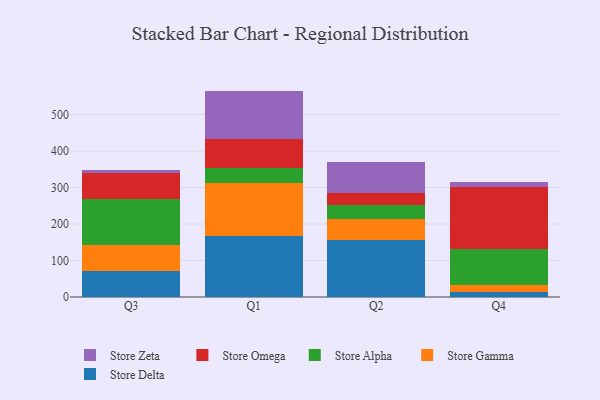
{"axis": {"x": "Quarter", "y": "Website Visitors"}, "legend": ["Store Alpha", "Store Delta", "Store Gamma", "Store Omega", "Store Zeta"], "data": [{"x": "Q3", "y": 72.6, "type": "Store Delta"}, {"x": "Q3", "y": 70.2, "type": "Store Gamma"}, {"x": "Q3", "y": 126.3, "type": "Store Alpha"}, {"x": "Q3", "y": 70.6, "type": "Store Omega"}, {"x": "Q3", "y": 7.6, "type": "Store Zeta"}, {"x": "Q1", "y": 166.5, "type": "Store Delta"}, {"x": "Q1", "y": 145.1, "type": "Store Gamma"}, {"x": "Q1", "y": 41.0, "type": "Store Alpha"}, {"x": "Q1", "y": 80.2, "type": "Store Omega"}, {"x": "Q1", "y": 132.1, "type": "Store Zeta"}, {"x": "Q2", "y": 156.5, "type": "Store Delta"}, {"x": "Q2", "y": 56.6, "type": "Store Gamma"}, {"x": "Q2", "y": 38.6, "type": "Store Alpha"}, {"x": "Q2", "y": 33.1, "type": "Store Omega"}, {"x": "Q2", "y": 85.6, "type": "Store Zeta"}, {"x": "Q4", "y": 13.1, "type": "Store Delta"}, {"x": "Q4", "y": 19.1, "type": "Store Gamma"}, {"x": "Q4", "y": 98.0, "type": "Store Alpha"}, {"x": "Q4", "y": 172.1, "type": "Store Omega"}, {"x": "Q4", "y": 11.7, "type": "Store Zeta"}]}